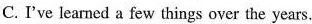
C. I've learned a few things over the years.